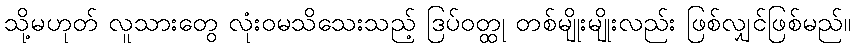
သို့မဟုတ် လူသားတွေ လုံးဝမသိသေးသည့် ဒြပ်ဝတ္ထု တစ်မျိုးမျိုးလည်း ဖြစ်လျှင်ဖြစ်မည်။